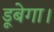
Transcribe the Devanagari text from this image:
डूबेगा।